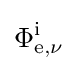
\Phi _{\mathrm {e} ,\nu }^{\mathrm {i} }